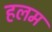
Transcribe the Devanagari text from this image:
हलम